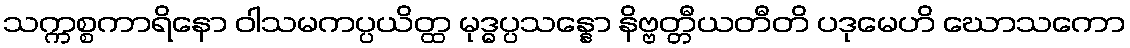
သက္ကစ္စကာရိနော ဝါသမကပ္ပယိတ္ထ မုဒ္ဓပ္ပသန္နော နိဗ္ဗတ္တီယတီတိ ပဒုမေဟိ ဃောသကော